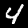
Digit: 4